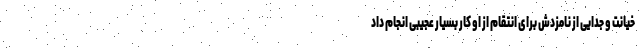
خیانت و جدایی از نامزدش برای انتقام از او کار بسیار عجیبی انجام داد